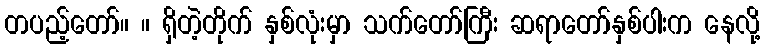
တပည့်တော်။ ။ ရှိတဲ့တိုက် နှစ်လုံးမှာ သက်တော်ကြီး ဆရာတော်နှစ်ပါးက နေလို့